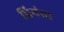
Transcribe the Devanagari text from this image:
प्रियंता